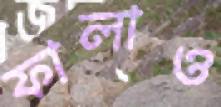
ফালাও